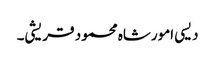
دیسی امورشاہ محمود قریشی۔